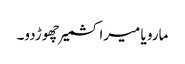
مارو یا میرا کشمیر چھوڑدو۔